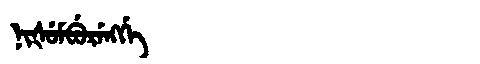
Manchu: ᠨᡳᡧᡠᠮᠪᡠᡵᡝᠩᡤᡝ
Romanization: NIŠUMBURENGGE